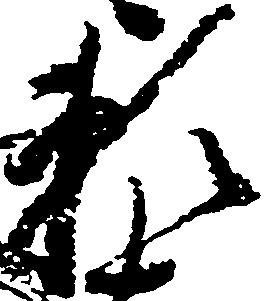
頼